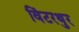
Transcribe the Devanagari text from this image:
विंटरथुर